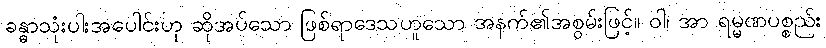
ခန္ဓာသုံးပါးအပေါင်းဟု ဆိုအပ်သော ဖြစ်ရာဒေသဟူသော အနက်၏အစွမ်းဖြင့်။ ဝါ၊ အာ ရမ္မဏပစ္စည်း